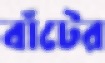
বাঁটের